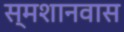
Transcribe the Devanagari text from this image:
स्मशानवास